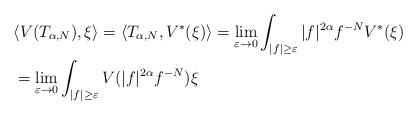
LaTeX: \begin{align*}& \langle V(T_{\alpha,N}) , \xi \rangle = \langle T_{\alpha,N} , V^*(\xi) \rangle = \lim_{\varepsilon \to 0} \int_{\vert f\vert \geq \varepsilon} \vert f\vert^{2\alpha} f^{-N} V^*(\xi) \\ & = \lim_{\varepsilon \to 0} \int_{\vert f\vert \geq \varepsilon} V(\vert f\vert^{2\alpha} f^{-N})\xi \end{align*}